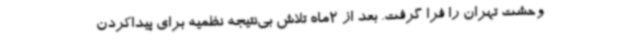
وحشت تهران را فرا گرفت. بعد از 2ماه تلاش بی‌نتیجه نظمیه برای پیداکردن